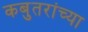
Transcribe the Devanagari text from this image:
कबुतरांच्या